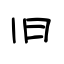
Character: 旧